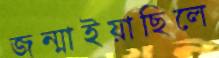
জন্মাইয়াছিলে